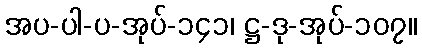
အပ-ပါ-ပ-အုပ်-၁၄၁၊ ဋ္ဌ-ဒု-အုပ်-၁၀၇။